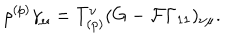
\rho ^ { ( p ) } \gamma _ { \mu } = T _ { ( p ) } ^ { \nu } ( G - { \cal F } \Gamma _ { 1 1 } ) _ { \nu \mu } .